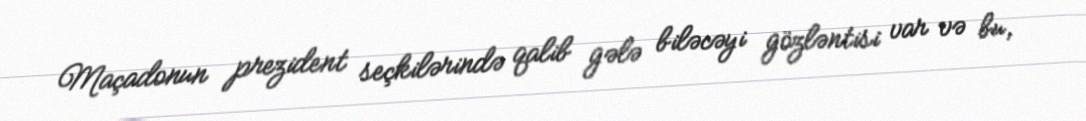
Maçadonun prezident seçkilərində qalib gələ biləcəyi gözləntisi var və bu,